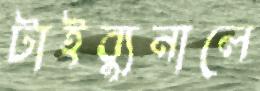
টাইব্যুনালে